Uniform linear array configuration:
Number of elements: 4
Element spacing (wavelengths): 0.5
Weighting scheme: hamming
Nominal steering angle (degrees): -60
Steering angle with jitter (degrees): -58.565
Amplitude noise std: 0.05
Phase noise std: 0.05

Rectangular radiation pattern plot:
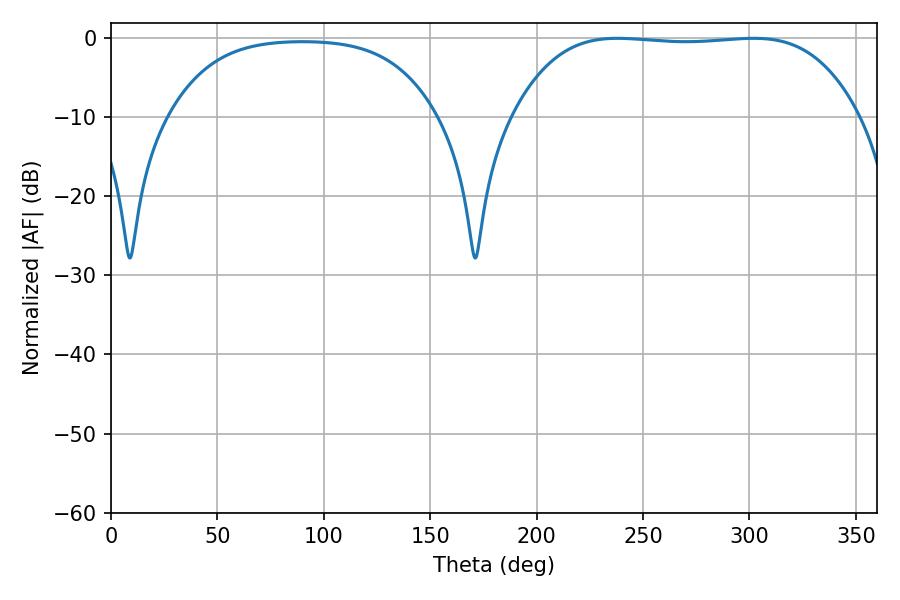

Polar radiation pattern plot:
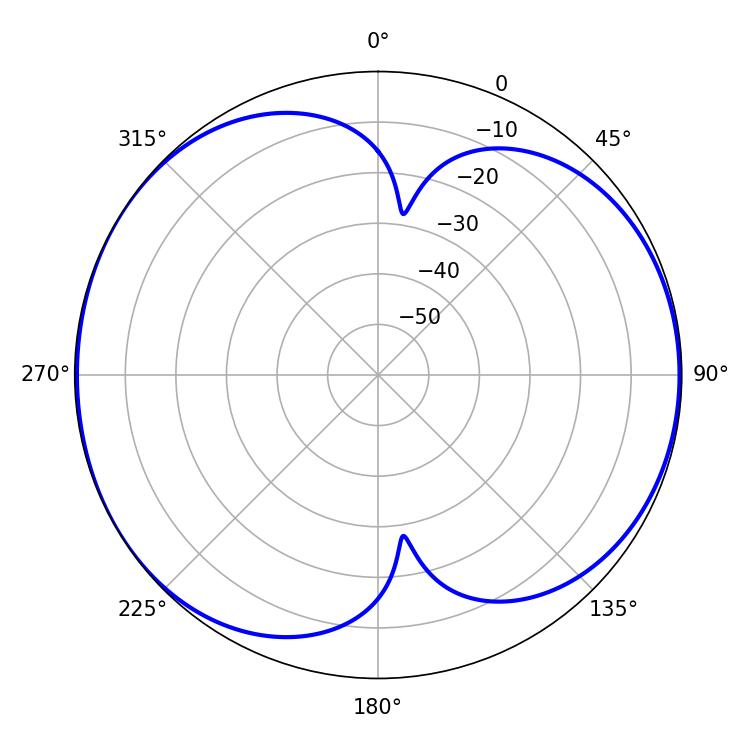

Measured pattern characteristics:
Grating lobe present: FALSE
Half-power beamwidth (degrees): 126.72
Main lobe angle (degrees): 237.96